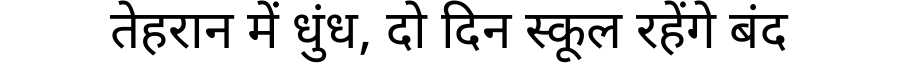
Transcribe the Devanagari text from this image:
तेहरान में धुंध, दो दिन स्कूल रहेंगे बंद